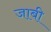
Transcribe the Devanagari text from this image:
जाबी